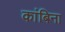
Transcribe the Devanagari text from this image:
कांबिना